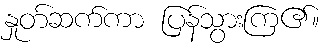
နှုတ်ဆက်ကာ ပြန်သွားကြ၏။